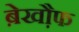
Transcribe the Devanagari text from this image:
बे़खौ़फ